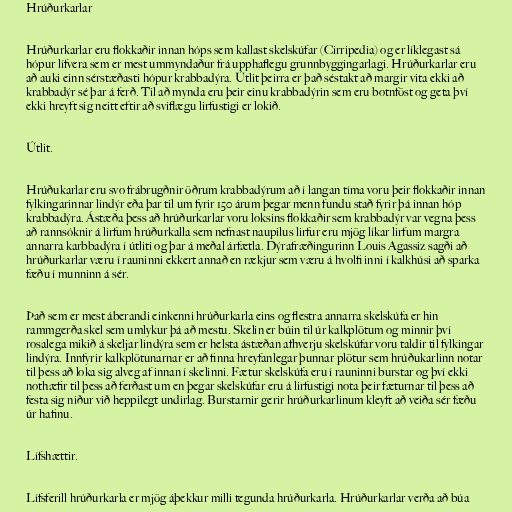
Hrúðurkarlar

Hrúðurkarlar eru flokkaðir innan hóps sem kallast skelskúfar (Cirripedia) og er líklegast sá
hópur lífvera sem er mest ummyndaður frá upphaflegu grunnbyggingarlagi. Hrúðurkarlar eru
að auki einn sérstæðasti hópur krabbadýra. Útlit þeirra er það séstakt að margir vita ekki að
krabbadýr sé þar á ferð. Til að mynda eru þeir einu krabbadýrin sem eru botnföst og geta því
ekki hreyft sig neitt eftir að sviflægu lirfustigi er lokið.

Útlit.

Hrúðukarlar eru svo frábrugðnir öðrum krabbadýrum að í langan tíma voru þeir flokkaðir innan
fylkingarinnar lindýr eða þar til um fyrir 150 árum þegar menn fundu stað fyrir þá innan hóp
krabbadýra. Ástæða þess að hrúðurkarlar voru loksins flokkaðir sem krabbadýr var vegna þess
að rannsóknir á lirfum hrúðurkalla sem nefnast naupilus lirfur eru mjög líkar lirfum margra
annarra karbbadýra í útliti og þar á meðal árfætla. Dýrafræðingurinn Louis Agassiz sagði að
hrúðurkarlar væru í rauninni ekkert annað en rækjur sem væru á hvolfi inni í kalkhúsi að sparka
fæðu í munninn á sér.

Það sem er mest áberandi einkenni hrúðurkarla eins og flestra annarra skelskúfa er hin
rammgerða skel sem umlykur þá að mestu. Skelin er búin til úr kalkplötum og minnir því
rosalega mikið á skeljar lindýra sem er helsta ástæðan afhverju skelskúfar voru taldir til fylkingar
lindýra. Innfyrir kalkplötunarnar er að finna hreyfanlegar þunnar plötur sem hrúðukarlinn notar
til þess að loka sig alveg af innan í skelinni. Fætur skelskúfa eru í rauninni burstar og því ekki
nothæfir til þess að ferðast um en þegar skelskúfar eru á lirfustigi nota þeir fæturnar til þess að
festa sig niður við heppilegt undirlag. Burstarnir gerir hrúðurkarlinum kleyft að veiða sér fæðu
úr hafinu.

Lífshættir.

Lífsferill hrúðurkarla er mjög áþekkur milli tegunda hrúðurkarla. Hrúðurkarlar verða að búa